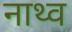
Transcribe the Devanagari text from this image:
नाथ्व